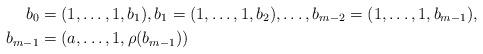
LaTeX: \begin{align*} b_0 &= (1,\dots,1,b_1), b_1 = (1,\dots,1,b_2), \dots, b_{m-2} = (1,\dots,1,b_{m-1}),\\ b_{m-1}&=(a,\dots,1,\rho(b_{m-1})) \end{align*}